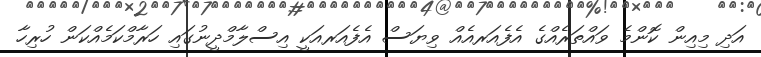
އަދި މިއިން ކޮންމެ ވައްތަރެއްގެ އެފެއަރއެއް ވިޔަސް އެފެއަރއަކީ އިސްލާމްދީނުގައި ހަރާމްކަމެއްކަން ހުރިހާ